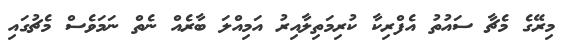
މިރޭގެ މެޗާ ސައުތު އެފްރިކާ ކުރިމަތިލާއިރު އަމިއްލަ ބާރެއް ނެތް ނަމަވެސް މެޗުގައި